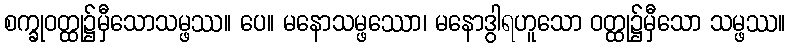
စက္ခုဝတ္ထု၌မှီသောသမ္ဖဿ။ ပေ။ မနောသမ္ဖဿော၊ မနောဒွါရဟူသော ဝတ္ထု၌မှီသော သမ္ဖဿ။